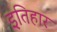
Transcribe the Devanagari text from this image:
इतिहार